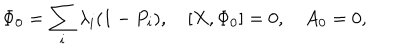
LaTeX: \Phi _ { 0 } = \sum _ { i } \lambda _ { i } ( 1 - P _ { i } ) , \quad [ X , \Phi _ { 0 } ] = 0 , \quad A _ { 0 } = 0 ,